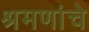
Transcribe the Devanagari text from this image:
श्रमणांचे